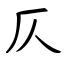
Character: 仄